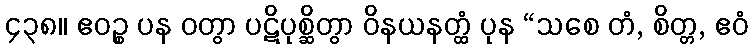
၄၃၈။ ဧဝဉ္စ ပန ဝတွာ ပဋိပုစ္ဆိတွာ ဝိနယနတ္ထံ ပုန “သစေ တံ, စိတ္တ, ဧဝံ